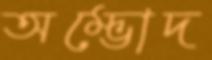
অম্ভোদ